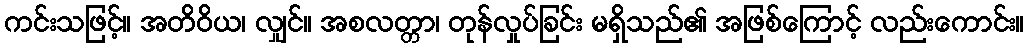
ကင်းသဖြင့်။ အတိဝိယ၊ လျှင်။ အစလတ္တာ၊ တုန်လှုပ်ခြင်း မရှိသည်၏ အဖြစ်ကြောင့် လည်းကောင်း။